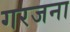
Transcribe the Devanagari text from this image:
गरजना